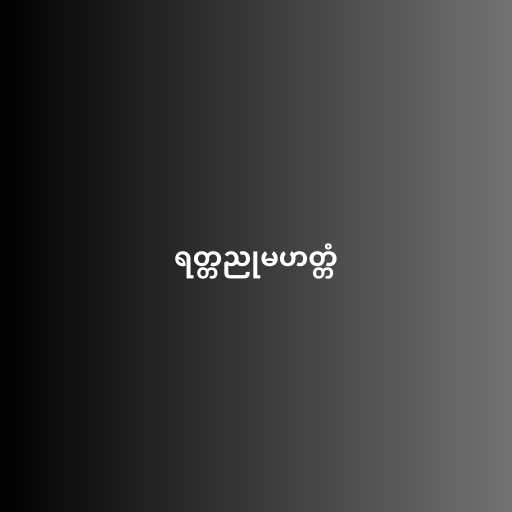
ရတ္တညုမဟတ္တံ